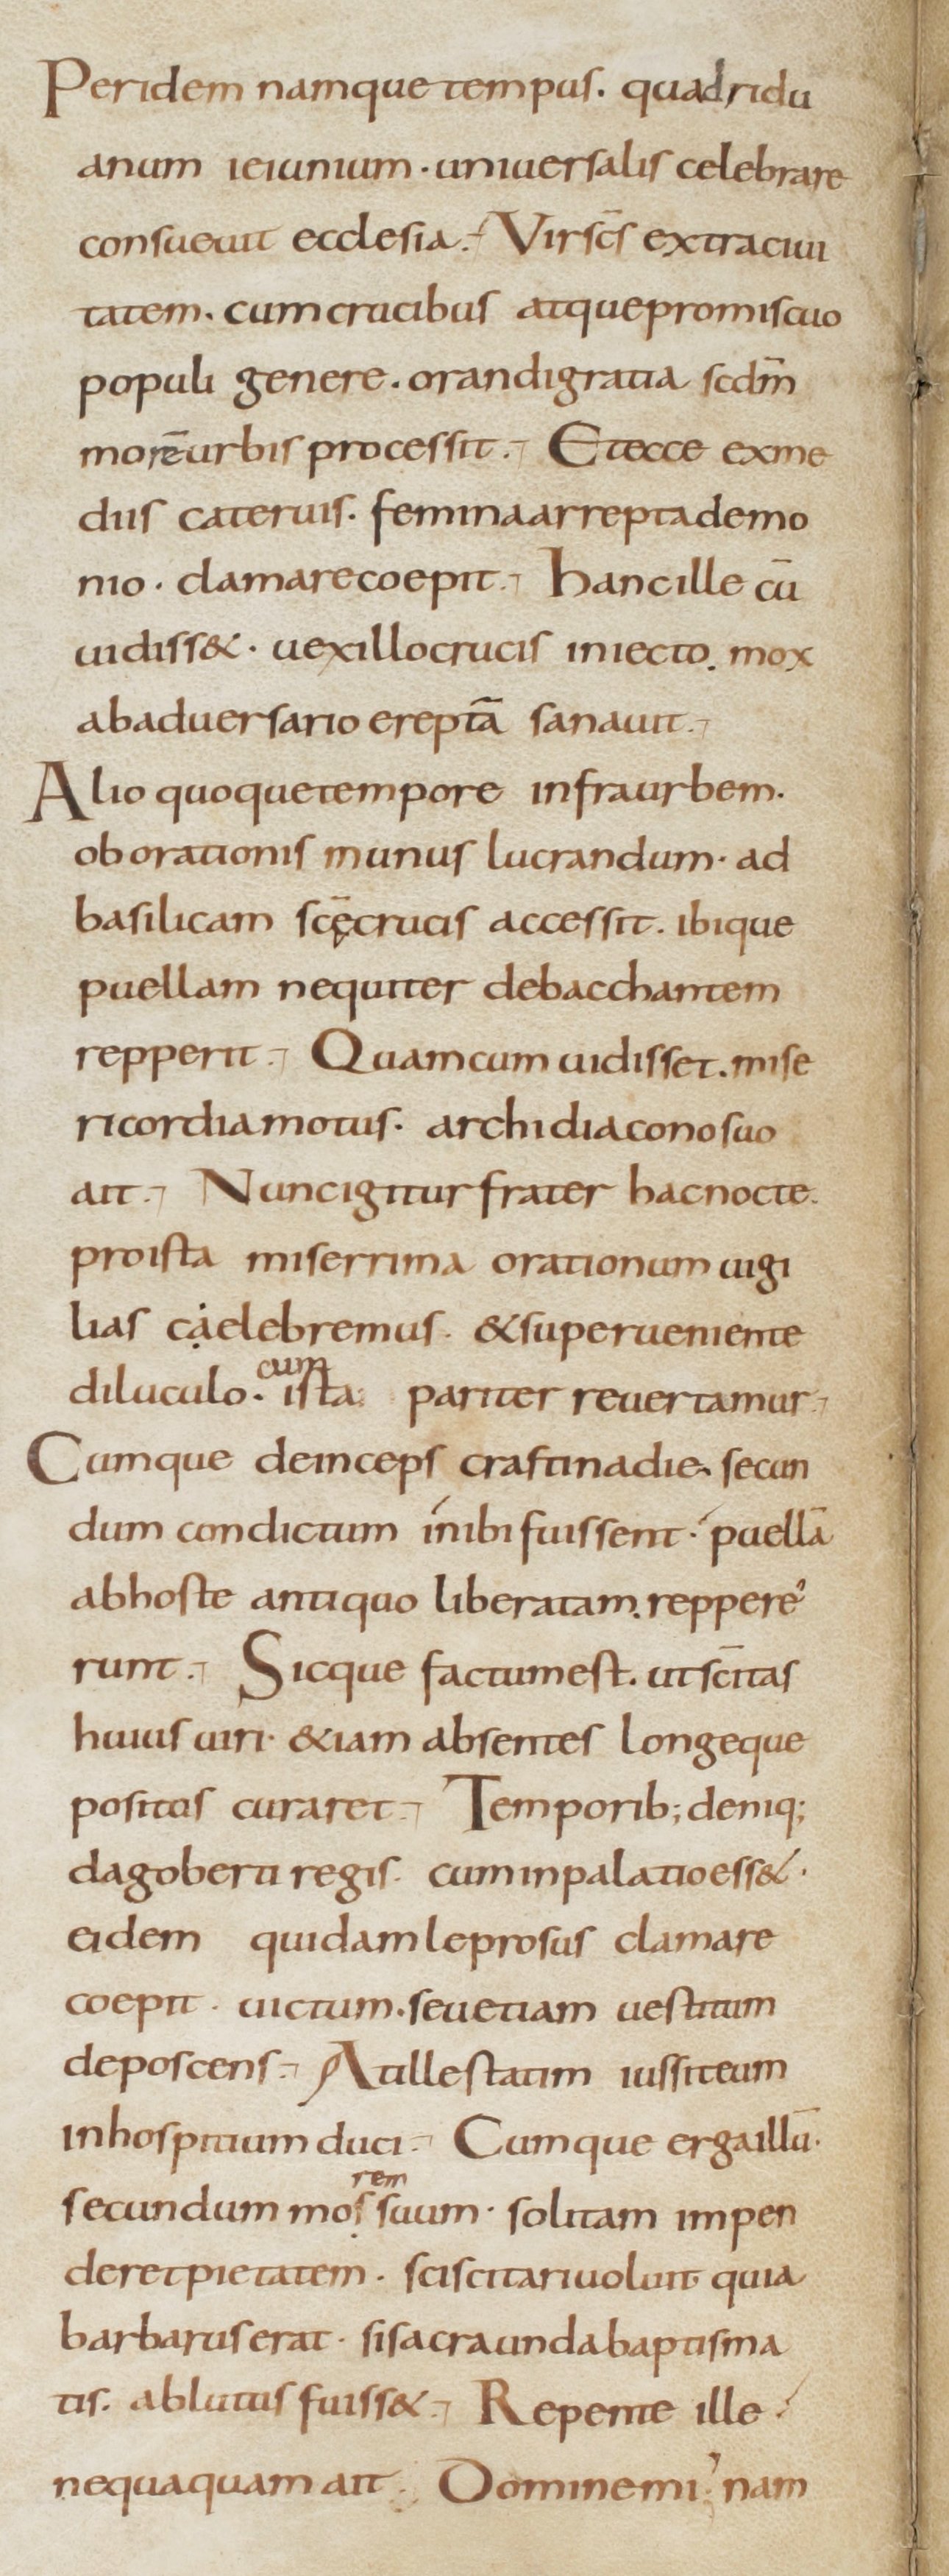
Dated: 800–899